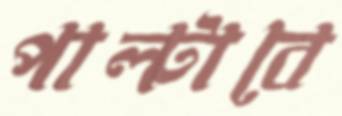
পাল্টাবে